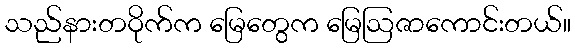
သည်နားတဝိုက်က မြေတွေက မြေဩဇာကောင်းတယ်။